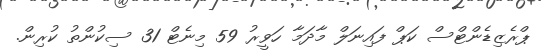
ޕްރެޒިޑެންޓްސް ކަޕް ފައިނަލް މާދަމާ ހަވީރު 59 މިނެޓް 31 ސިކުންތު ކުރިން.